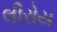
લીરોય